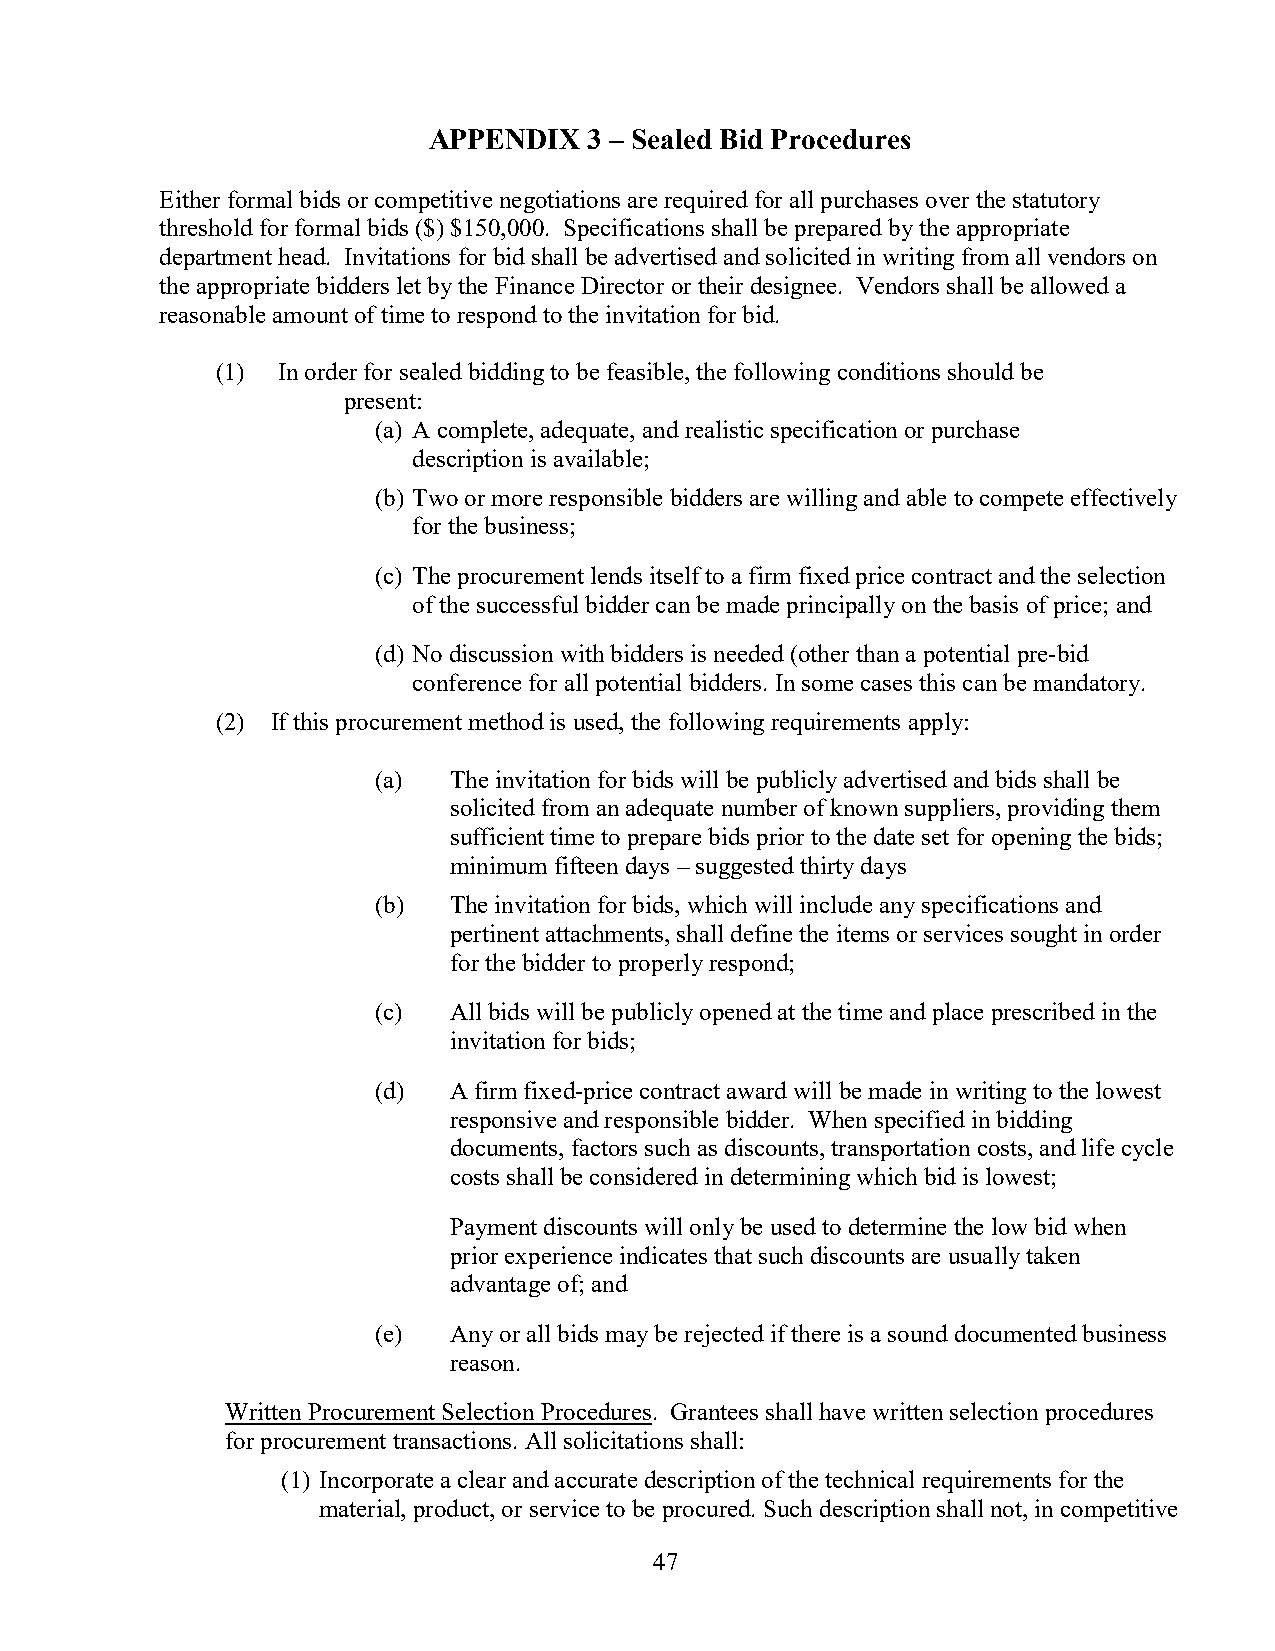
APPENDIX   3 – Sealed Bid Procedures
 Either formal bids or competitive negotiations are required for all purchases over the statutory
 threshold for formal bids ($) $150,000. Specifications shall be prepared by the appropriate
 department head. Invitations for bid shall be advertised and solicited in writing from all vendors on
 the appropriate bidders let by the Finance Director or their designee. Vendors shall be allowed a
 reasonable amount of time to respond to the invitation for bid.
 (1) In order for sealed bidding to be feasible, the following conditions should be
 present:
 (a) A complete, adequate, and realistic specification or purchase
 description is available;
 (b) Two or more responsible bidders are willing and able to compete effectively
 for the business;
 (c) The procurement lends itself to a firm fixed price contract and the selection
 of the successful bidder can be made principally on the basis of price; and
 (d) No discussion with bidders is needed (other than a potential pre-bid
 conference for all potential bidders. In some cases this can be mandatory.
 (2) If this procurement method is used, the following requirements apply:
 (a)  The invitation for bids will be publicly advertised and bids shall be
 solicited from an adequate number of known suppliers, providing them
 sufficient time to prepare bids prior to the date set for opening the bids;
 minimum fifteen days – suggested thirty days
 (b)  The invitation for bids, which will include any specifications and
 pertinent attachments, shall define the items or services sought in order
 for the bidder to properly respond;
 (c)  All bids will be publicly opened at the time and place prescribed in the
 invitation for bids;
 (d)  A firm fixed-price contract award will be made in writing to the lowest
 responsive and responsible bidder. When specified in bidding
 documents, factors such as discounts, transportation costs, and life cycle
 costs shall be considered in determining which bid is lowest;
 Payment discounts will only be used to determine the low bid when
 prior experience indicates that such discounts are usually taken
 advantage of; and
 (e)  Any or all bids may be rejected if there is a sound documented business
 reason.
 Written Procurement Selection Procedures. Grantees shall have written selection procedures
 for procurement transactions. All solicitations shall:
 (1) Incorporate a clear and accurate description of the technical requirements for the
 material, product, or service to be procured. Such description shall not, in competitive
 47